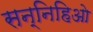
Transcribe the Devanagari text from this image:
सन्निहिओ